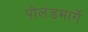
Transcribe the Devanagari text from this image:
पोलंडमार्गे